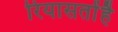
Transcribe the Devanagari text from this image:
रियासतोंहै